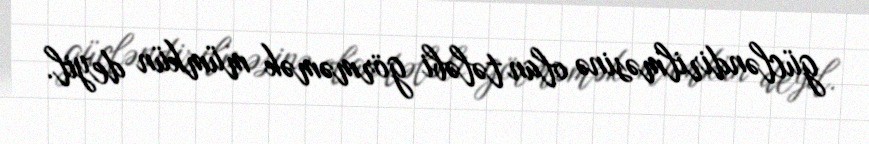
gücləndirilməsinə olan tələbi görməmək mümkün deyil.